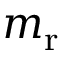
m _ { \mathrm { r } }